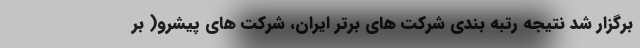
برگزار شد نتیجه رتبه بندی شرکت های برتر ایران، شرکت های پیشرو( بر